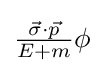
{\textstyle {\frac {{\vec {\sigma }}\cdot {\vec {p}}}{E+m}}\phi }